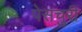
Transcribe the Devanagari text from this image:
पेसचुरी